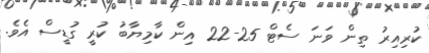
ކުރިއިރު ތިން ވަނަ ސެޓް 25-22 އިން ކާމިޔާބު ކުރީ ގުޑީސް އެވެ.